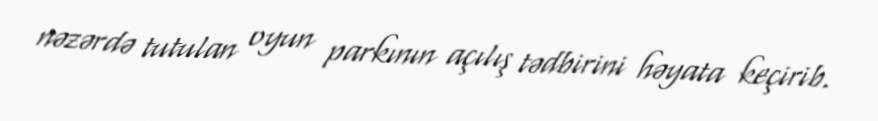
nəzərdə tutulan oyun parkının açılış tədbirini həyata keçirib.